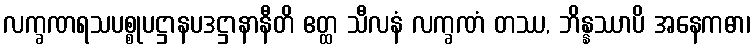
လက္ခဏရသပစ္စုပဋ္ဌာနပဒဋ္ဌာနာနီတိ ဧတ္ထ သီလနံ လက္ခဏံ တဿ, ဘိန္နဿာပိ အနေကဓာ၊